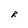
Character: R